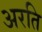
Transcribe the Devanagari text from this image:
अरति